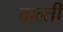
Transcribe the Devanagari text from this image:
बाल्ती